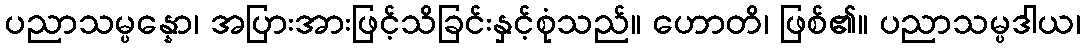
ပညာသမ္ပန္နော၊ အပြားအားဖြင့်သိခြင်းနှင့်စုံသည်။ ဟောတိ၊ ဖြစ်၏။ ပညာသမ္ပဒါယ၊